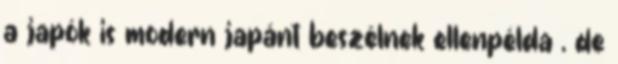
a japók is modern japánt beszélnek ellenpélda , de